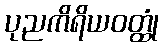
ပုညကိရိယဝတ္ထုံ